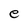
Character: e